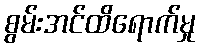
စွမ်းအင်ထိရောက်မှု